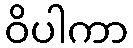
ဝိပါကာ